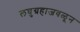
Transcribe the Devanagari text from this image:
लघुग्रहाजवळून